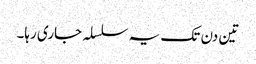
تین دن تک یہ سلسلہ جاری رہا۔